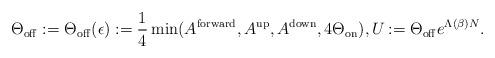
LaTeX: \begin{align*} \Theta_{\rm off} := \Theta_{\rm off}(\epsilon) := \frac{1}{4}\min(A^{\rm{forward}},A^{\rm{up}},A^{\rm{down}},4\Theta_{\rm on}), U_{}:= \Theta_{\rm off}e^{\Lambda(\beta)N}.\end{align*}